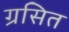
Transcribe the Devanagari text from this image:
ग्रसित